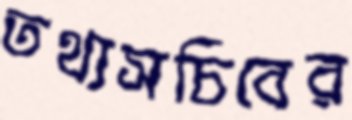
তথ্যসচিবের